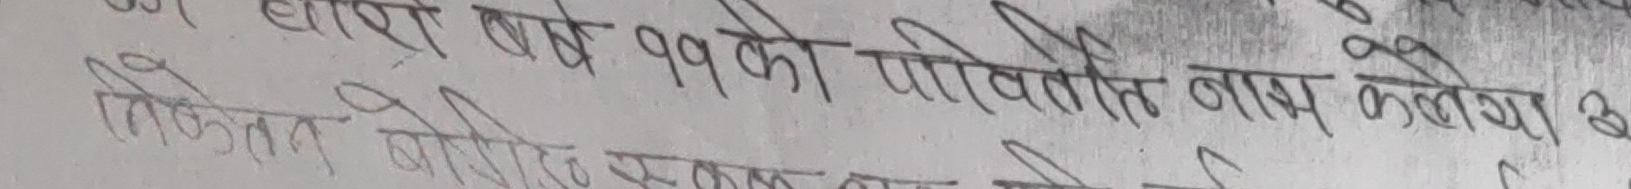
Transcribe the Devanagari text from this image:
वर्ष ११ को पवित्र नाम कलेगा 3
निश्चित बहुमत